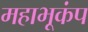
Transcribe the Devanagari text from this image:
महाभूकंप